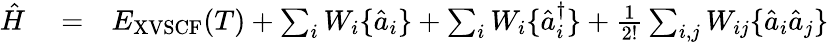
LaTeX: \begin{array}{rlr}{\hat{H}}&{{}=}&{E_{\mathrm{XVSCF}}(T)+\sum_{i}W_{i}\{ \hat{a}_{i}\} +\sum_{i}W_{i}\{ \hat{a}_{i}^{\dagger}\} +\frac{1}{2!}\sum_{i,j}W_{ij}\{ \hat{a}_{i}\hat{a}_{j}\} }\end{array}